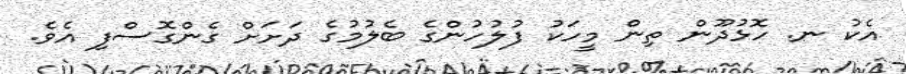
އެކު ނ. ހޮޅުދޫން ތިން މީހަކު ފުލުހުންގެ ބެލުމުގެ ދަށަށް ގެންގޮސްފި އެވެ.